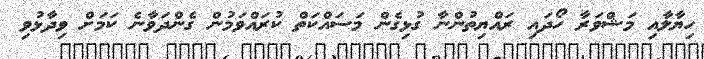
ހިޔާލާއި މަޝްވަރާ ހޯދައި ރައްޔިތުންނާ ގުޅިގެން މަސައްކަތް ކުރައްވަމުން ގެންދަވާނެ ކަމަށް ވިދާޅުވި